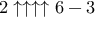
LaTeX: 2 \uparrow \uparrow \uparrow \uparrow 6 - 3